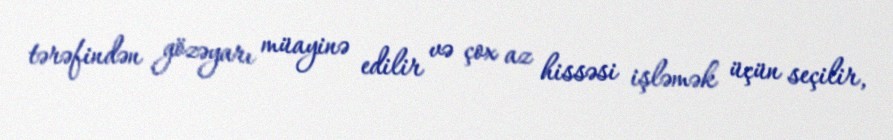
tərəfindən gözəyarı müayinə edilir və çox az hissəsi işləmək üçün seçilir,